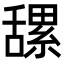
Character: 𦧲